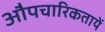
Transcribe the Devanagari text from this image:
औपचारिकतायें